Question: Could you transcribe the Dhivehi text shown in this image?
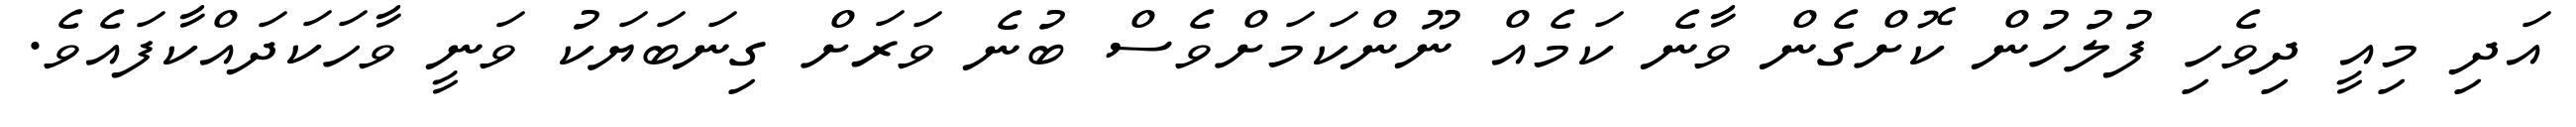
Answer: އަދި މިއީ ދިވެހި ފުލުހުން ކޮށްގެން ވާނެ ކަމެއް ނޫންކަމަށްވެސް ބުނެ ވަރަށް ގިނަބަޔަކު ވަނީ ވާހަކަދައްކާފައެވެ.